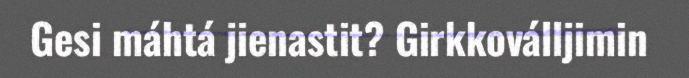
Gesi máhtá jienastit? Girkkoválljimin